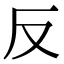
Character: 反